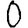
Digit: 0